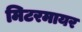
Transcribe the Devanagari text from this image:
मिटरमायर